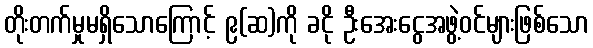
တိုးတက်မှုမရှိသောကြောင့် ၉(ဆ)ကို ခငို ဦးအေးငွေအဖွဲ့ဝင်များဖြစ်သော